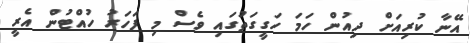
އޭނާ ކުރިއަށް ދިއުން ހަމަ ހަގީގަތުގައި ވެސް މި ފަހަރު ހުއްޓުން އެރީ